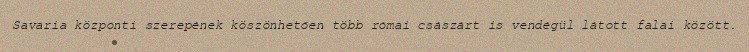
Savaria központi szerepének köszönhetően több római császárt is vendégül látott falai között.